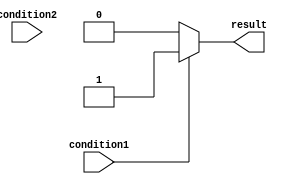
module multiple_if_else (
    input wire condition1,
    input wire condition2,
    output reg result
);

always @* begin
    if (condition1) begin
        result = 1;
    end else if (condition2) begin
        result = 2;
    end else begin
        result = 0;
    end
end

endmodule